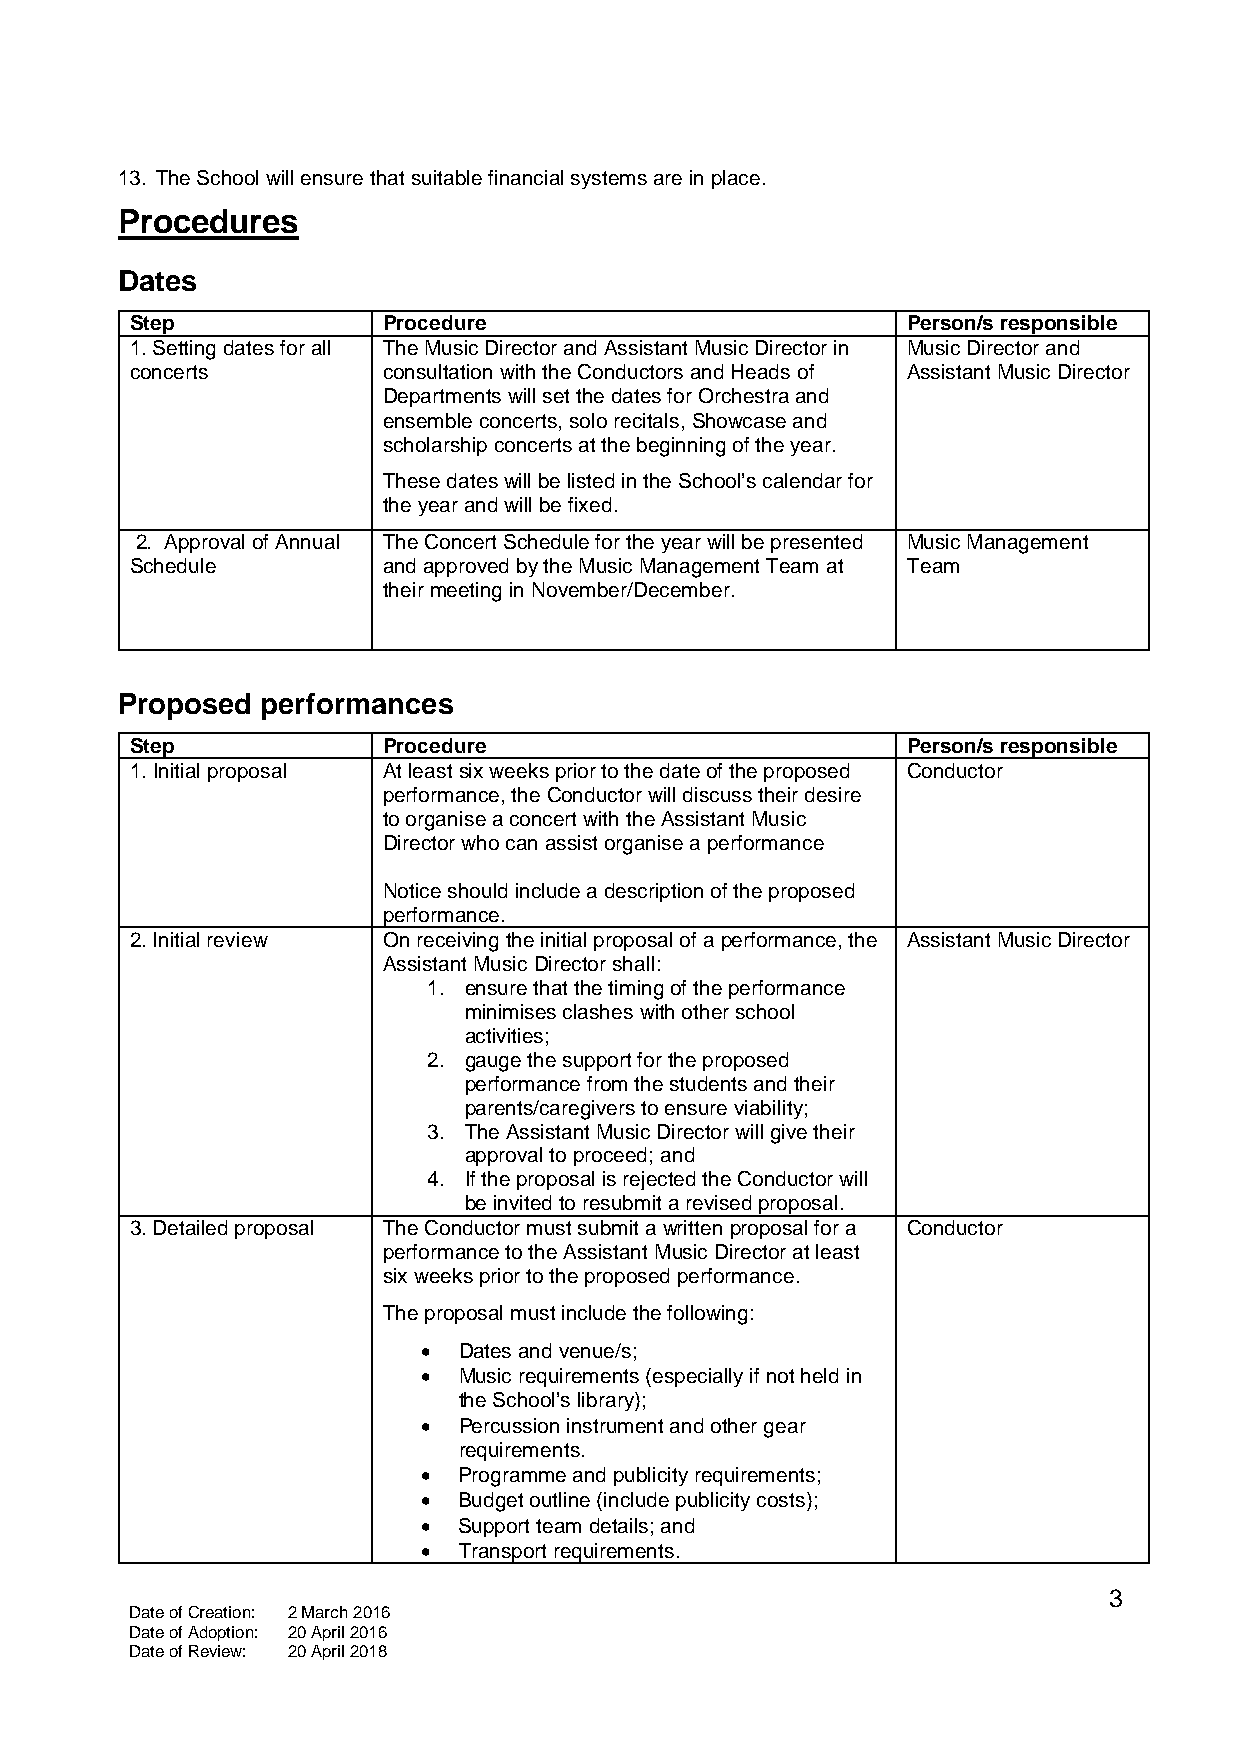
13. The School will ensure that suitable financial systems are in place.
 Procedures
 Dates
 Step            Procedure                          Person/s responsible
 1. Setting dates for all The Music Director and Assistant Music Director in Music Director and
 concerts        consultation with the Conductors and Heads of Assistant Music Director
 Departments will set the dates for Orchestra and
 ensemble concerts, solo recitals, Showcase and
 scholarship concerts at the beginning of the year.
 These dates will be listed in the School’s calendar for
 the year and will be fixed.
 2. Approval of Annual The Concert Schedule for the year will be presented Music Management
 Schedule        and approved by the Music Management Team at Team
 their meeting in November/December.
 Proposed performances
 Step            Procedure                          Person/s responsible
 1. Initial proposal At least six weeks prior to the date of the proposed Conductor
 performance, the Conductor will discuss their desire
 to organise a concert with the Assistant Music
 Director who can assist organise a performance
 Notice should include a description of the proposed
 performance.
 2. Initial review On receiving the initial proposal of a performance, the Assistant Music Director
 Assistant Music Director shall:
 1. ensure that the timing of the performance
 minimises clashes with other school
 activities;
 2. gauge the support for the proposed
 performance from the students and their
 parents/caregivers to ensure viability;
 3. The Assistant Music Director will give their
 approval to proceed; and
 4. If the proposal is rejected the Conductor will
 be invited to resubmit a revised proposal.
 3. Detailed proposal The Conductor must submit a written proposal for a Conductor
 performance to the Assistant Music Director at least
 six weeks prior to the proposed performance.
 The proposal must include the following:
 • Dates and venue/s;
 • Music requirements (especially if not held in
 the School’s library);
 • Percussion instrument and other gear
 requirements.
 • Programme and publicity requirements;
 • Budget outline (include publicity costs);
 • Support team details; and
 • Transport requirements.
 3
 Date of Creation: 2 March 2016
 Date of Adoption: 20 April 2016
 Date of Review: 20 April 2018